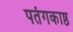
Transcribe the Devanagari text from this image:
पतंगकाष्ठ